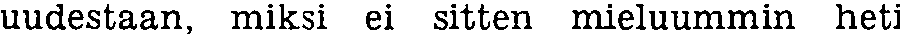
uudestaan, miksi ei sitten mieluummin heti